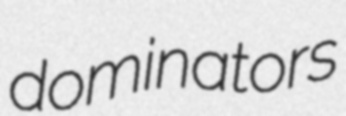
dominators